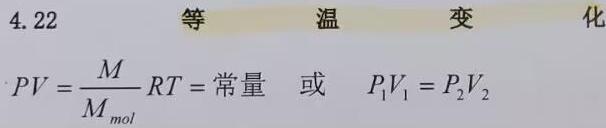
4.22 等 温 变 化

\[ PV = \frac{M}{M_{mol}} RT = \text{常量} \quad \text{或} \quad P_1V_1 = P_2V_2 \]